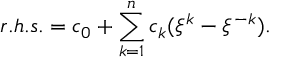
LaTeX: r . h . s . = c _ { 0 } + \sum _ { k = 1 } ^ { n } c _ { k } ( \xi ^ { k } - \xi ^ { - k } ) .